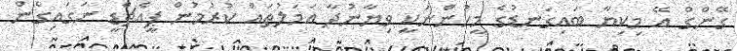
ގޭންގް އޭ މިކިޔާ ބައިގަނޑުގެ މީހުންނަކީ ވިޔާނުދާ އަމަލުތައް ކުރުމުން ޕީއެޗްޑީ ނަގައިގެން